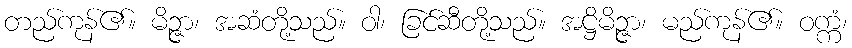
တည်ကုန်၏။ မိဉ္ဇာ၊ အဆံတို့သည်။ ဝါ၊ ခြင်ဆီတို့သည်။ အဋ္ဌိမိဉ္ဇာ၊ မည်ကုန်၏။ ဝက္ကံ၊